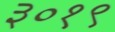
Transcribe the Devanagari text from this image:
३०१९